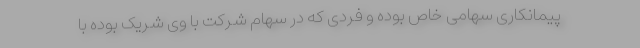
پیمانکاری سهامی خاص بوده و فردی که در سهام شرکت با وی شریک بوده با